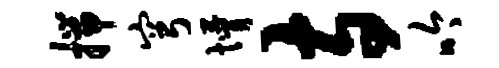
揣穹懵寺吟